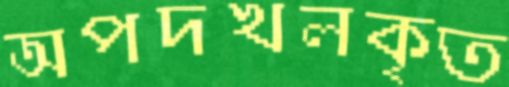
অপদখলকৃত